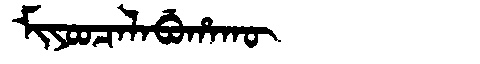
Manchu: ᠮᡳᠶᠣᠣᠴᠠᠯᠠᠪᡠᡥᠠᡴᡡ
Romanization: MIYOOCALABUHAKŪ